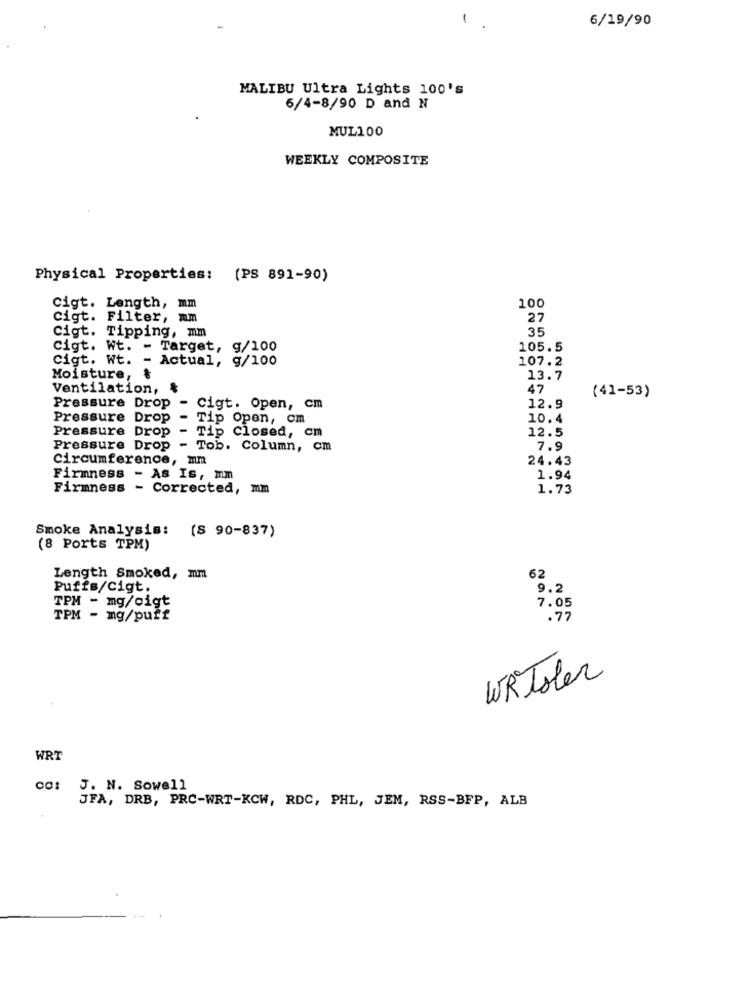
6/19/90
MALIBU Ultra Lights 100's
6/4-8/90 D and N
MUL100
WEEKLY COMPOSITE
Physical Properties: (PS 891-90)
Cigt. Length, mm
100
Cigt. Filter, mm
27
35
Cigt. Tipping, mm
Cigt. Wt. - Target, g/100
105.5
Cigt. Wt. - Actual, g/100
107.2
Moisture, &
13.7
Ventilation, &
47
(41-53)
Pressure Drop
- Cigt. Open, cm
12.9
Pressure Drop
- Tip Open, om
10.4
Pressure Drop - Tip Closed, cm
12.5
Pressure Drop - Tob. Column, cm
7.9
Circumference, mm
24.43
Firmness - As Is, mm
1.94
Firmness - Corrected, mm
1.73
Smoke Analysis:
(S 90-837)
(8 Ports TPM)
Length Smoked, mm
62
Puffs/cigt.
9.2
TPM - mg/cigt
7.05
TPM - mg/puff
.77
WRToler
WRT
J. N. Sowell
JFA, DRB, PRC-WRT-KCW, RDC, PHL, JEM, RSS-BFP, ALB